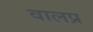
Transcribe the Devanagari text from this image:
वालप्र